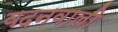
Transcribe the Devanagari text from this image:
वदनवाली